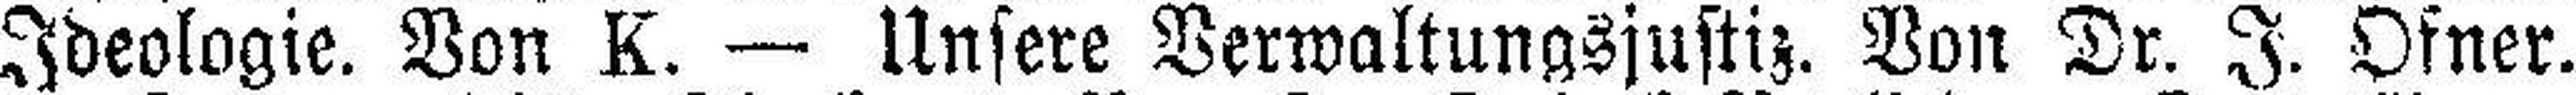
Ideologie. Von K. — Unsere Verwaltungsjustiz. Von Dr. J. Ofner.